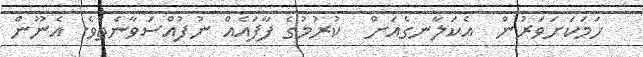
ހަމަކަށަވަރުން  އެކަލާނގެއަށް  ކުރުމުގެ ފާފައެއް ނުފުއްސަވާނެތެވެ. އެނޫން